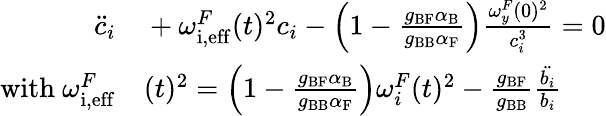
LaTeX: \begin{array}{rl}{\ddot{c}_{i}}&{{}+{{\omega_{\mathrm{i,eff}}^{F}}}(t)^{2}c_{i}-\left(1-\frac{g_{\mathrm{BF}}\alpha_{\mathrm{B}}}{g_{\mathrm{BB}}\alpha_{\mathrm{F}}}\right)\frac{{\omega_{y}^{F}}(0)^{2}}{c_{i}^{3}}=0}\\ {{\mathrm{with~}{\omega_{\mathrm{i,eff}}^{F}}}}&{{}(t)^{2}=\left(1-\frac{g_{\mathrm{BF}}\alpha_{\mathrm{B}}}{g_{\mathrm{BB}}\alpha_{\mathrm{F}}}\right){\omega_{i}^{F}}(t)^{2}-\frac{g_{\mathrm{BF}}}{g_{\mathrm{BB}}}\frac{\ddot{b_{i}}}{b_{i}}}\end{array}